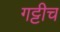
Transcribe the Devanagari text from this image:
गट्टीच